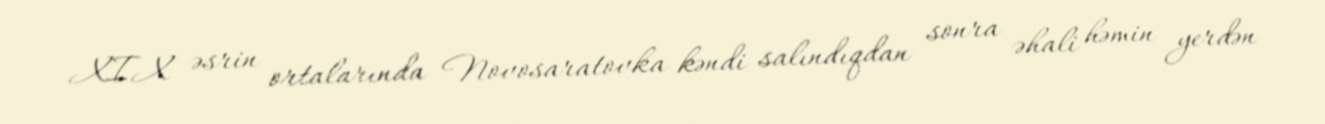
XIX əsrin ortalarında Novosaratovka kəndi salındıqdan sonra əhali həmin yerdən